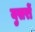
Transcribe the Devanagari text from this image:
युसरों